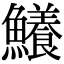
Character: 鱶